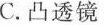
C.凸透镜